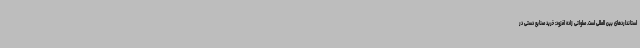
استانداردهای بین المللی است. صلواتی زاده افزود: خرید صنایع دستی در